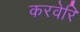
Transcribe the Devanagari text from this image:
करवेरि